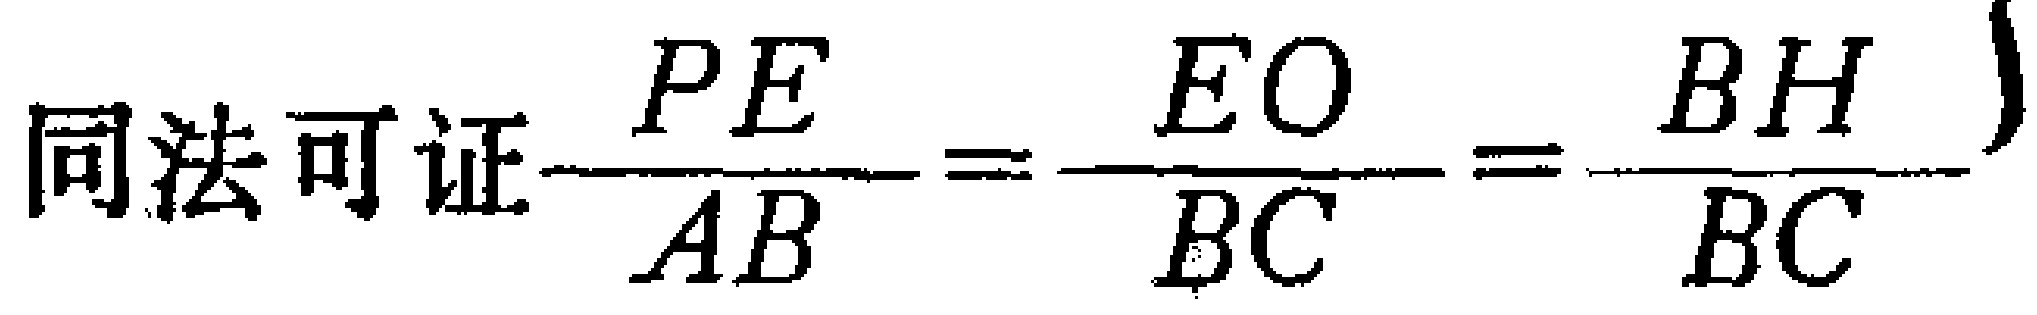
同法可证$\dfrac{PE}{AB}=\dfrac{EO}{BC}=\dfrac{BH}{BC}$